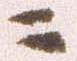
ニ